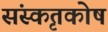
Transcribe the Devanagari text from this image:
संस्कृतकाेष